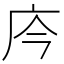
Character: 庈